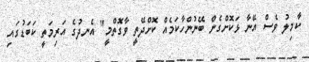
ކާމިލު ވެސް އޭނާ ޅަކޮށްގެން ބޭނުންހާކަމެއް ކޮށްދޭތީ ވާގޮތްމީ" އެނދުގެ އަރިމަތީ ކަބަޑުގައި